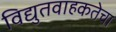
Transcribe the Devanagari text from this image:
विद्युतवाहकतेचा